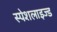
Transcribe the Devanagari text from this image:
स्पेशलाइज्ड